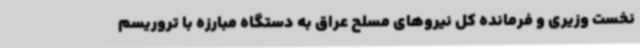
نخست وزیری و فرمانده کل نیروهای مسلح عراق به دستگاه مبارزه با تروریسم